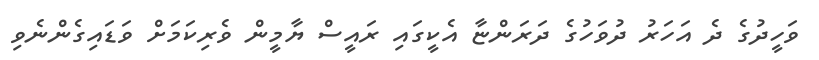
ވަހީދުގެ ދެ އަހަރު ދުވަހުގެ ދަރަންޏާ އެކީގައި ރައީސް ޔާމީން ވެރިކަމަށް ވަޑައިގެންނެވި